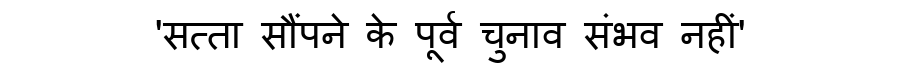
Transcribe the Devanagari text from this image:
'सत्ता सौंपने के पूर्व चुनाव संभव नहीं'